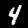
Label: 4